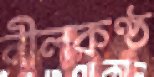
নীলকণ্ঠ